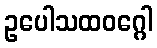
ဥပေါသထဝဂ္ဂေါ